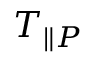
T _ { \parallel P }